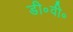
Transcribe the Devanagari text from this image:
डी॰वी॰